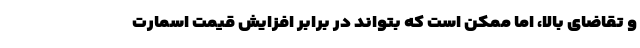
و تقاضای بالا، اما ممکن است که بتواند در برابر افزایش قیمت اسمارت